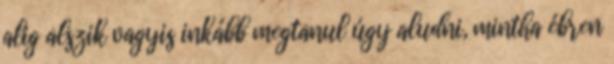
alig alszik vagyis inkább megtanul úgy aludni, mintha ébren